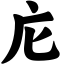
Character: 庀